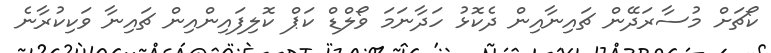
ކޯޗަށް މުސާރަދޭން ޗައިނާއިން ދެކޮޅު ހަދާނަމަ ވޯލްޑް ކަޕް ކޮލިފައިންއިން ޗައިނާ ވަކިކުރާނެ